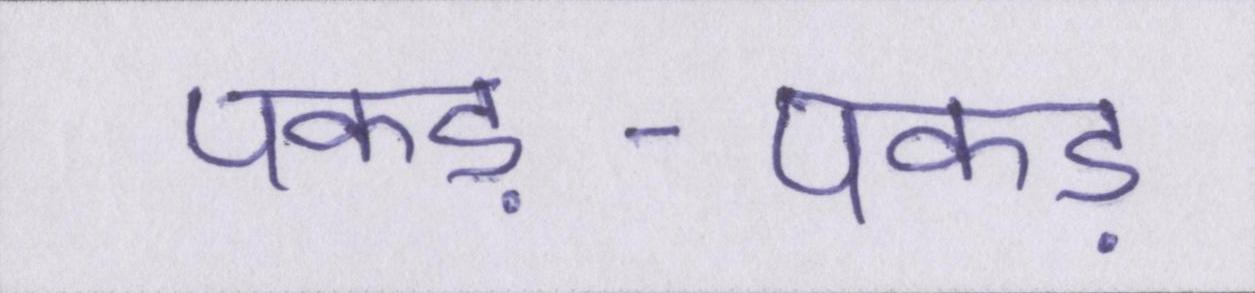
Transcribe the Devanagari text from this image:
पकड़-पकड़